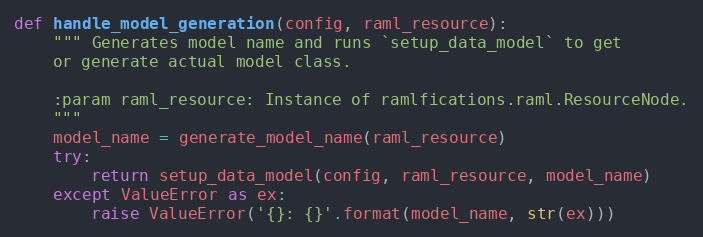
Language: Python
def handle_model_generation(config, raml_resource):
    """ Generates model name and runs `setup_data_model` to get
    or generate actual model class.

    :param raml_resource: Instance of ramlfications.raml.ResourceNode.
    """
    model_name = generate_model_name(raml_resource)
    try:
        return setup_data_model(config, raml_resource, model_name)
    except ValueError as ex:
        raise ValueError('{}: {}'.format(model_name, str(ex)))